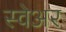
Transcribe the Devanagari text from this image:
स्वेअर